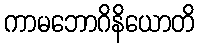
ကာမဘောဂိနိယောတိ